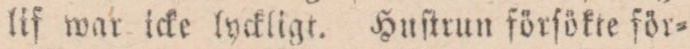
lif war icke lyckligt. Huſtrun förſökte för=